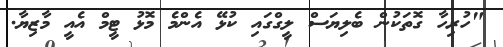
"ހުރިހާ ގޮތަކުން ބެލިޔަސް ލީގްގައި ކުޅޭ އެންމެ މޮޅު ޓީމް އެއީ މާޒިޔާ.